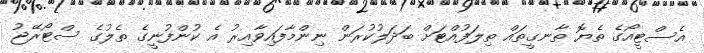
އެސްޓީއޯގެ ތެޔޮ ތާނގީތައް ތިލަފުއްޓަށް ބަދަލުކުރަން ނިންމާފައިވާއިރު އެ ކުންފުނީގެ ތެލުގެ ސްޓޯރޭޖު